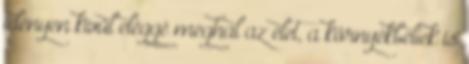
idényen kívül eléggé meghal az élet, a környékbeliek is